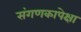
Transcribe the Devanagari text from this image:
संगणकापेक्षा